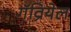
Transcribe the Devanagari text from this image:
गॅव्रियेल